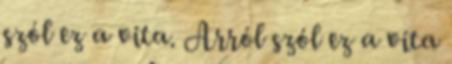
szól ez a vita. Arról szól ez a vita